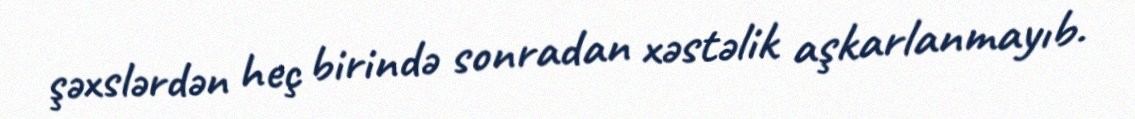
şəxslərdən heç birində sonradan xəstəlik aşkarlanmayıb.